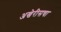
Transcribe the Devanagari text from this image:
अखेरीसचा